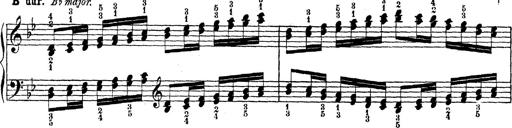
Title: Technische Studien
Composer: Franz Liszt